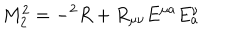
M _ { 2 } ^ { 2 } = - { } ^ { 2 } R + R _ { \mu \nu } E ^ { \mu a } E _ { a } ^ { \nu }